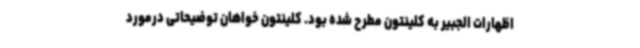
اظهارات الجبیر به کلینتون مطرح شده بود. کلینتون خواهان توضیحاتی درمورد